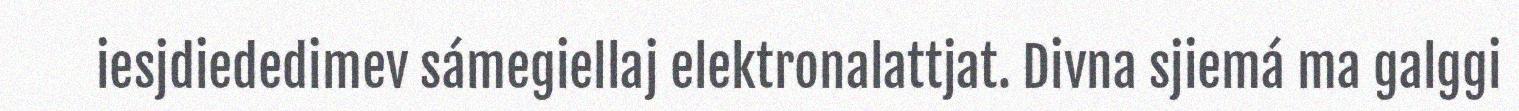
iesjdiededimev sámegiellaj elektronalattjat. Divna sjiemá ma galggi